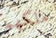
ملكهم